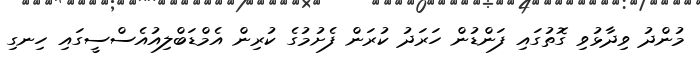
މުންދު ވިދާޅުވި ގޮތުގައި ފަންޑުން ހަރަދު ކުރަން ފެށުމުގެ ކުރިން އެމްޑަބްލިއުއެސްސީގައި ހިނގި